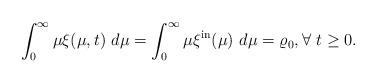
LaTeX: \begin{align*}\int_{0}^{\infty}\mu\xi(\mu,t)\ d\mu=\int_{0}^{\infty}\mu\xi^{\mathrm{in}}(\mu)\ d\mu=\varrho_{0},\forall~t\geq0. \end{align*}